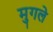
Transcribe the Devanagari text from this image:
मु्गले